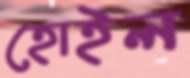
হোইল